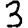
Digit: 3